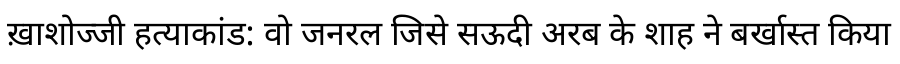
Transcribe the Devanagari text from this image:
ख़ाशोज्जी हत्याकांड: वो जनरल जिसे सऊदी अरब के शाह ने बर्खास्त किया